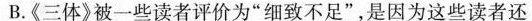
B.《三体》被一些读者评价为“细致不足”，是因为这些读者还